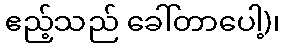
ဧည့်သည် ခေါ်တာပေါ့)၊